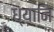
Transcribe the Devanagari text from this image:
ध्यानि